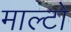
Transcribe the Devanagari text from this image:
माल्टो